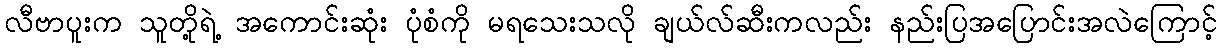
လီဗာပူးက သူတို့ရဲ့ အကောင်းဆုံး ပုံစံကို မရသေးသလို ချယ်လ်ဆီးကလည်း နည်းပြအပြောင်းအလဲကြောင့်